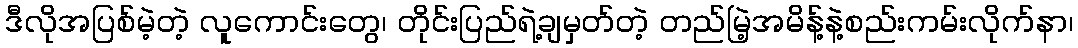
ဒီလိုအပြစ်မဲ့တဲ့ လူကောင်းတွေ၊ တိုင်းပြည်ရဲ့ချမှတ်တဲ့ တည်မြဲ့အမိန့်နဲ့စည်းကမ်းလိုက်နာ၊